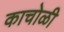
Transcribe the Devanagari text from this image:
काचोळी